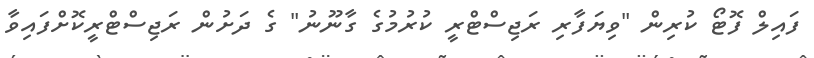
ފައިލް ފޮޓޯ ކުރިން "ވިޔަފާރި ރަޖިސްޓްރީ ކުރުމުގެ ގާނޫނު" ގެ ދަށުން ރަޖިސްޓްރީކޮށްފައިވާ